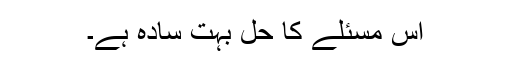
اس مسئلے کا حل بہت سادہ ہے۔